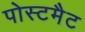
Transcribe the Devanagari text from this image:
पोस्टमैट